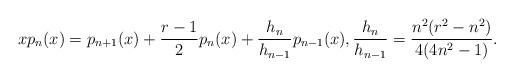
LaTeX: \begin{align*}xp_n(x)=p_{n+1}(x)+\frac{r-1}{2}p_n(x)+\frac{h_n}{h_{n-1}}p_{n-1}(x),\frac{h_n}{h_{n-1}}=\frac{n^2(r^2-n^2)}{4(4n^2-1)}.\end{align*}